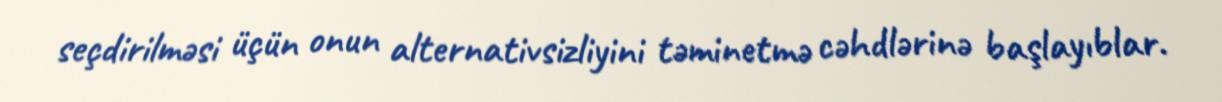
seçdirilməsi üçün onun alternativsizliyini təminetmə cəhdlərinə başlayıblar.